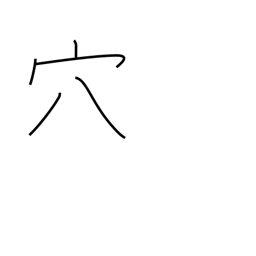
Meaning: aperture